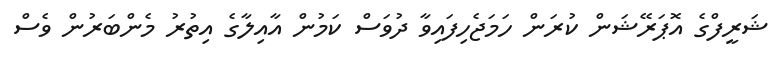
ޝަރީފްގެ އޮޕަރޭޝަން ކުރަން ހަމަޖެހިފައިވާ ދުވަސް ކަމުން އާއިލާގެ އިތުރު މެންބަރުން ވެސް